Leaving Certificate Examination, 1923
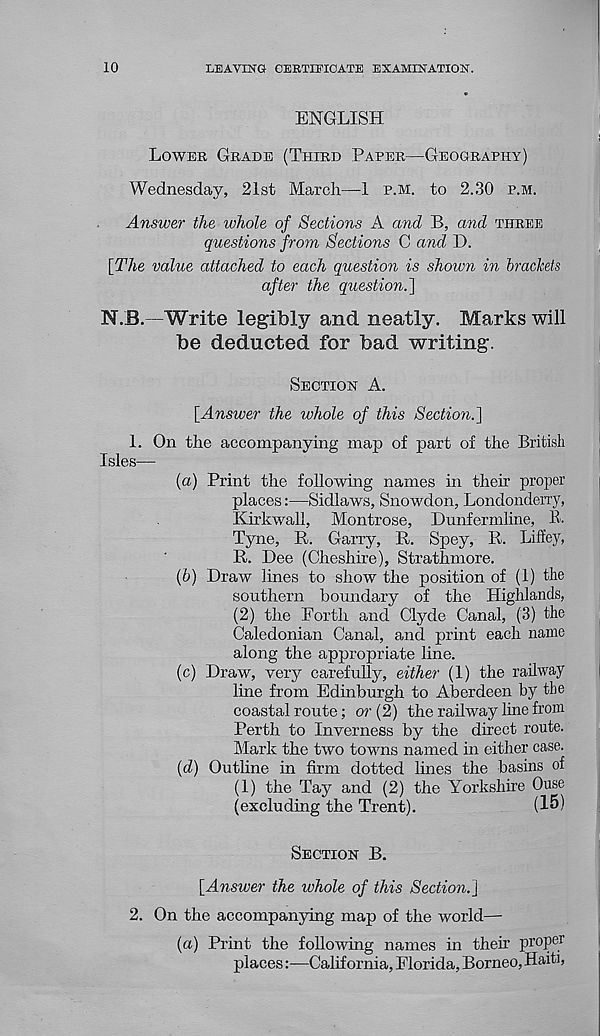
10
LEAVING CERTIFICATE EXAMINATION.
ENGLISH
LOWER GRADE (THIRD PAPER—GEOGRAPHY)
Wednesday, 21st March—1 P.M. to 2.30 P.M.
Answer the whole of Sections A and B, and THREE
questions from Sections C and D.
[The value attached to each question is shown in brackets
after the question.~\
N.B.—Write legibly and. neatly. Marks will
be deducted for bad writing.
SECTION A.
[Answer the whole of this Section.]
1. On the accompanying map of part of the British
Isles—
(a) Print the following names in their proper
places:—Sidlaws, Snowdon, Londonderry,
Kirkwall, Montrose, Dunfermline, R.
Tyne, R. Garry, R. Spey, R. Liffey,
R. Dee (Cheshire), Strathmore.
(b) Draw lines to show the position of (1) the
southern boundary of the Highlands,
(2) the Forth and Clyde Canal, (3) the
Caledonian Canal, and print each name
along the appropriate line.
(c) Draw, very carefully, either (1) the railway
line from Edinburgh to Aberdeen by the
coastal route; or (2) the railway line from
Perth to Inverness by the direct route.
Mark the two towns named in either case.
{d) Outline in firm dotted lines the basins of
(1) the Tay and (2) the Yorkshire Ouse
(excluding the Trent).
(15)
SECTION B.
[Answer the whole of this Section.]
2. On the accompanying map of the world—
(a) Print the following names in their proper
places:—California, Florida, Borneo, Haiti,